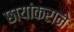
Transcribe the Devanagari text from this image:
छायांकराने